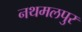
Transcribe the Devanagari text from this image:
नथमलपुर